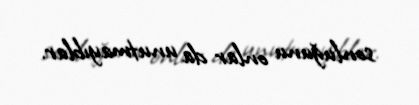
sonluğunu onlar da unutmayıblar.